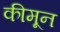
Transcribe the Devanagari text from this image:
कीमून